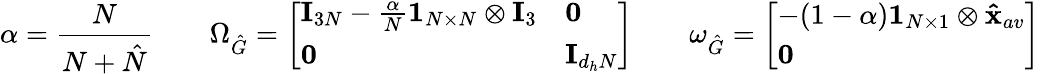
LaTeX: \alpha=\frac{N}{N+\hat{N}}\quad\quad\Omega_{\hat{G}}=\left[\begin{array}{ll}{\mathbf{I}_{3N}-\frac{\alpha}{N}\mathbf{1}_{N\times N}\otimes\mathbf{I}_{3}}&{\mathbf{0}}\\ {\mathbf{0}}&{\mathbf{I}_{d_{h}N}}\end{array}\right]\quad\quad\omega_{\hat{G}}=\left[\begin{array}{l}{-(1-\alpha)\mathbf{1}_{N\times 1}\otimes\mathbf{\hat{x}}_{av}}\\ {\mathbf{0}}\end{array}\right]